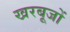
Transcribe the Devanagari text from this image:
खरबूजों